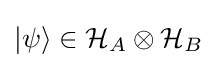
|\psi \rangle \in {\mathcal {H}}_{A}\otimes {\mathcal {H}}_{B}